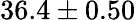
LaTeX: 36.4\pm 0.50